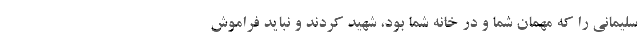
سلیمانی را که مهمان شما و در خانه شما بود، شهید کردند و نباید فراموش